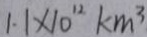
1 . 1 \times 1 0 ^ { 1 2 } k m ^ { 3 }